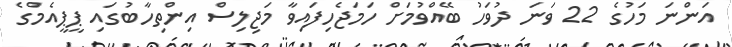
އަންނަ މަހުގެ 22 ވަނަ ދުވަހު ބޭއްވުމަށް ހަމަޖެހިފައިވާ މަޖިލިސް އިންތިހާބުގައި ޕީޕީއެމްގެ